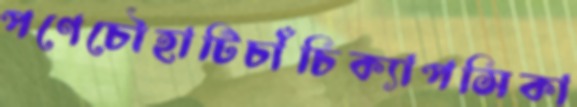
পণেচৌহাটিচাঁচিক্যাপসিকা